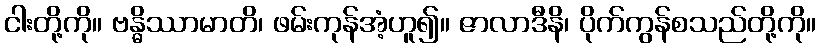
ငါးတို့ကို။ ဗန္ဓိဿာမာတိ၊ ဖမ်းကုန်အံ့ဟူ၍။ ဇာလာဒီနိ၊ ပိုက်ကွန်စသည်တို့ကို။